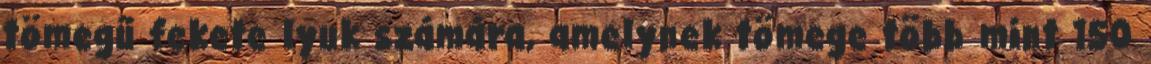
tömegű fekete lyuk számára, amelynek tömege több mint 150